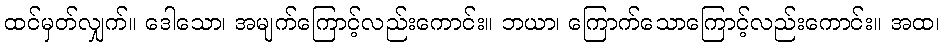
ထင်မှတ်လျှက်။ ဒေါသော၊ အမျက်ကြောင့်လည်းကောင်း။ ဘယာ၊ ကြောက်သောကြောင့်လည်းကောင်း။ အထ၊